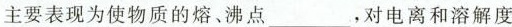
主要表现为使物质的熔、沸点___，对电离和溶解度